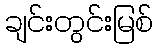
ချင်းတွင်းမြစ်